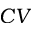
C V